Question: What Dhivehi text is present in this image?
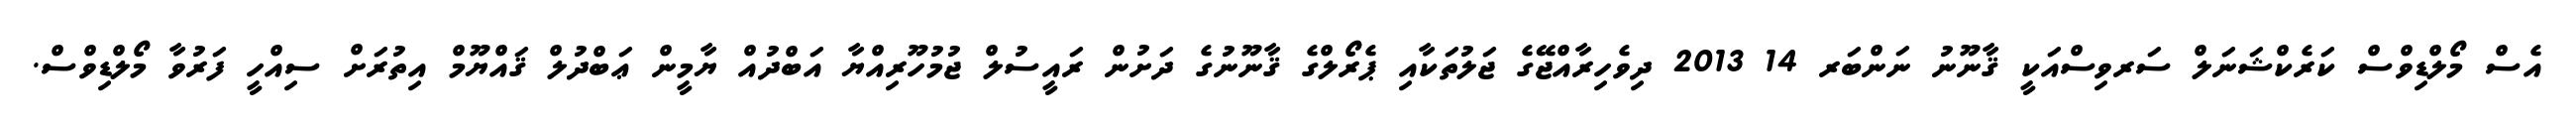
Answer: އެސް މޯލްޑިވްސް ކަރެކްޝަނަލް ސަރވިސްއަކީ ޤާނޫނު ނަންބަރ 14 2013 ދިވެހިރާއްޖޭގެ ޖަލުތަކާއި ޕެރޯލްގެ ޤާނޫނުގެ ދަށުން ރައީސުލް ޖުމުހޫރިއްޔާ އަބްދުއް ޔާމީން ޢަބްދުލް ޤައްޔޫމް އިތުރަށް ސިއްހީ ފަރުވާ މޯލްޑިވްސް.